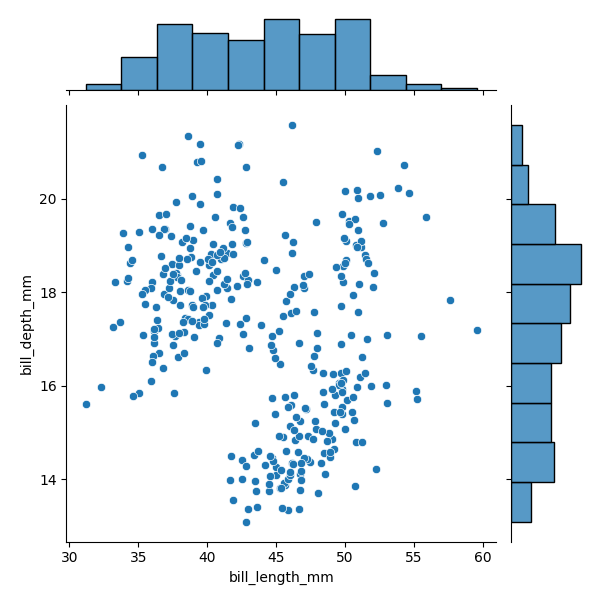
python, seaborn, JointGrid, scatterplot, histplot